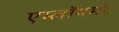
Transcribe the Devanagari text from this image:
एम्लॉयमेंट